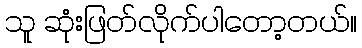
သူ ဆုံးဖြတ်လိုက်ပါတော့တယ်။